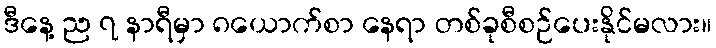
ဒီနေ့ ည ၇ နာရီမှာ ၈ယောက်စာ နေရာ တစ်ခုစီစဉ်ပေးနိုင်မလား။